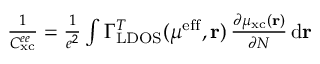
\begin{array} { r } { \frac { 1 } { C _ { \mathrm { x c } } ^ { e e } } = \frac { 1 } { e ^ { 2 } } \int \Gamma _ { \mathrm { L D O S } } ^ { T } ( \mu ^ { \mathrm { e f f } } , \mathbf { r } ) \, \frac { \partial \mu _ { \mathrm { x c } } ( \mathbf { r } ) } { \partial N } \, \mathrm { d } \mathbf { r } } \end{array}